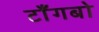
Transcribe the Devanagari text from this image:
टाँगबो